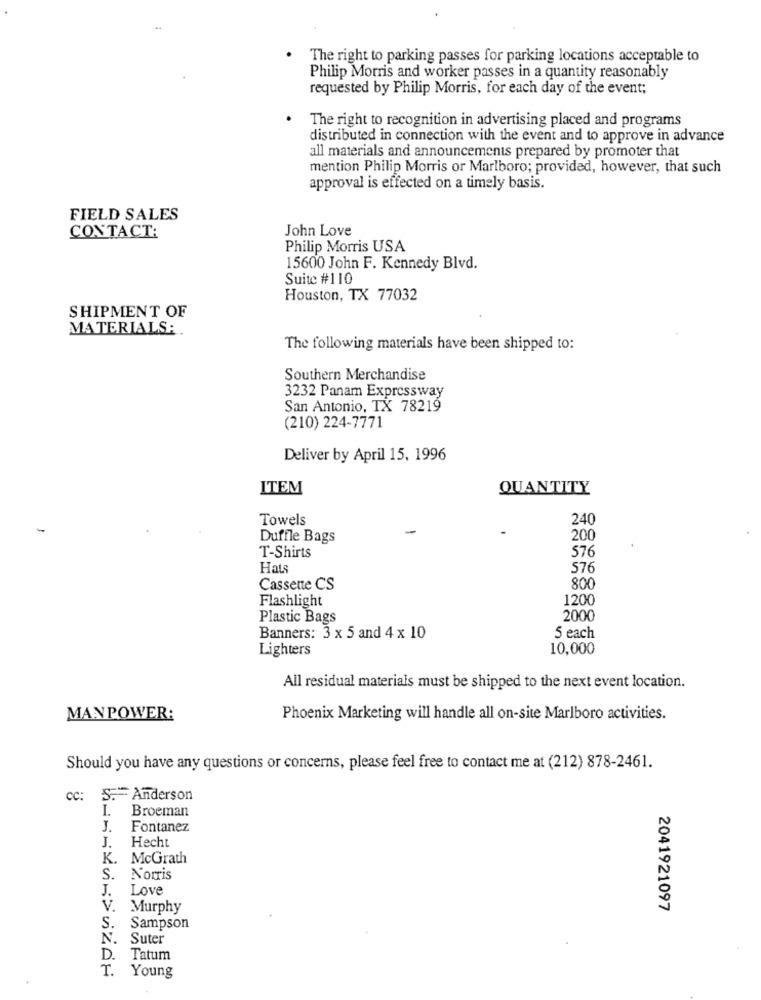
The right to parking passes for parking locations acceptable to
Philip Morris and worker passes in a quantity reasonably
requested by Philip Morris, for each day of the event;
The right to recognition in advertising placed and programs
distributed in connection with the event and to approve in advance
all materials and announcements prepared by promoter that
mention Philip Morris or Marlboro; provided, however, that such
approval is effected on a timely basis.
FIELD SALES
John Love
CONTACT:
Philip Morris USA
15600 John F. Kennedy Blvd.
Suite #110
Houston, TX 77032
SHIPMENT OF
MATERIALS:
The following materials have been shipped to:
Southern Merchandise
3232 Panam Expressway
San Antonio, TX 78219
(210) 224-7771
Deliver by April 15, 1996
ITEM
QUANTITY
Towels
240
Duffle Bags
200
T-Shirts
576
Hats
576
Cassette CS
800
Flashlight
1200
Plastic Bags
2000
Banners: 3 x 5 and 4 x 10
5 each
Lighters
10,000
All residual materials must be shipped to the next event location.
MANPOWER:
Phoenix Marketing will handle all on-site Marlboro activities.
Should you have any questions or concerns, please feel free to contact me at (212) 878-2461.
cc:
S .= Anderson
I. Broeman
J.
Fontanez
J.
Hecht
K.
McGrath
S.
Norris
J.
Love
V.
Murphy
2041921097
S.
Sampson
N.
Suter
D.
Tatum
T. Young